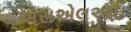
એસએલઆઇ